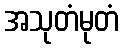
အသုတံမုတံ